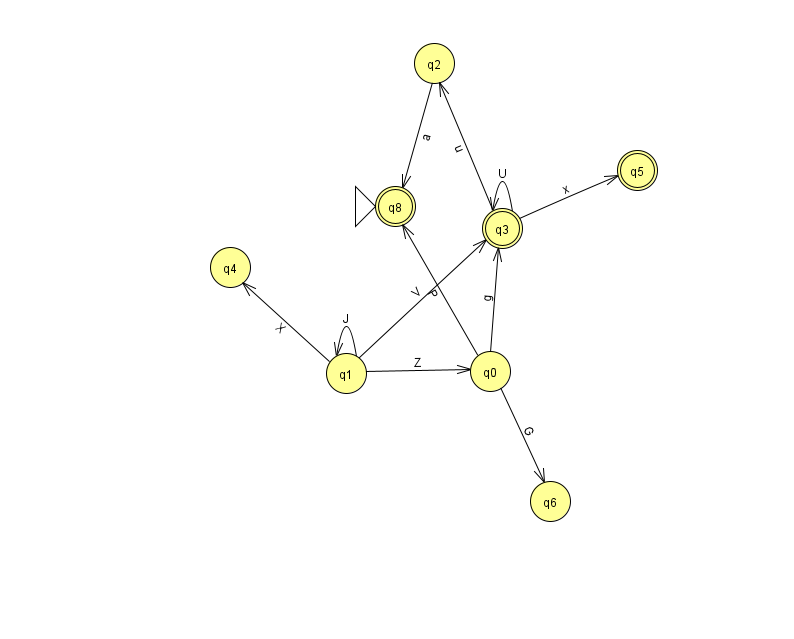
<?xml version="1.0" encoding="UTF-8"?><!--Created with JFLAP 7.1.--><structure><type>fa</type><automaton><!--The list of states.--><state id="0" name="q0"><x>490.0</x><y>358.0</y></state><state id="1" name="q1"><x>346.0</x><y>360.0</y></state><state id="2" name="q2"><x>434.0</x><y>50.0</y></state><state id="3" name="q3"><x>502.0</x><y>215.0</y><final/></state><state id="4" name="q4"><x>230.0</x><y>254.0</y></state><state id="5" name="q5"><x>637.0</x><y>157.0</y><final/></state><state id="6" name="q6"><x>550.0</x><y>488.0</y></state><state id="8" name="q8"><x>395.0</x><y>193.0</y><initial/><final/></state><!--The list of transitions.--><transition><from>1</from><to>0</to><read>Z</read></transition><transition><from>1</from><to>3</to><read>V</read></transition><transition><from>2</from><to>8</to><read>a</read></transition><transition><from>3</from><to>3</to><read>U</read></transition><transition><from>3</from><to>2</to><read>u</read></transition><transition><from>1</from><to>4</to><read>X</read></transition><transition><from>1</from><to>1</to><read>J</read></transition><transition><from>0</from><to>3</to><read>g</read></transition><transition><from>0</from><to>8</to><read>P</read></transition><transition><from>3</from><to>5</to><read>x</read></transition><transition><from>0</from><to>6</to><read>G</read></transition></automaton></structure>